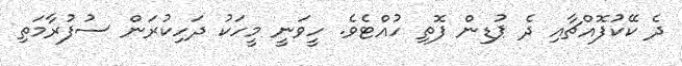
ދެ ކޭކުފޮއްޗާއި ދެ ޕުޑިން ފޮތި ހުއްޓެވެ. ހީވަނީ މީހަކު ދަހިކުރަން ސުފުރާމަތި